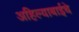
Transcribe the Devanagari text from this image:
अहिल्याबाईचे